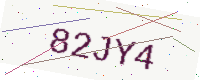
Text: 82JY4